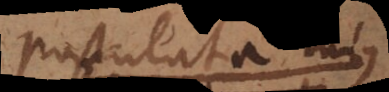
postulatum 1